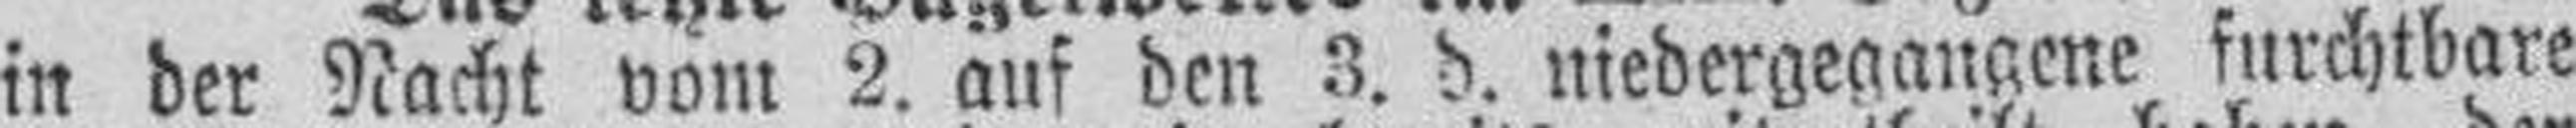
in der Nacht vom 2. auf den 3. d. niedergegangene furchtbare